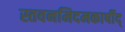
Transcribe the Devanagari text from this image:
स्तवनमिदमकार्षीद्